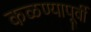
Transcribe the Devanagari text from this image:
कळण्यापूर्वी